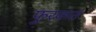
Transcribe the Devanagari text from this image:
फुरकत